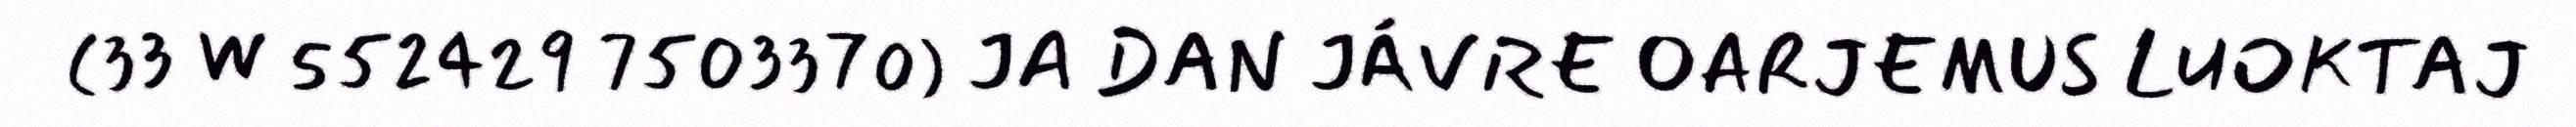
(33 W 552429 7503370) JA DAN JÁVRE OARJEMUS LUOKTAJ